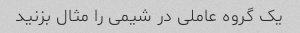
یک گروه عاملی در شیمی را مثال بزنید